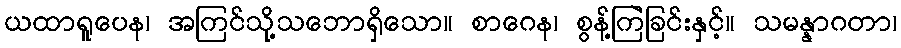
ယထာရူပေန၊ အကြင်သို့သဘောရှိသော။ စာဂေန၊ စွန့်ကြဲခြင်းနှင့်။ သမန္နာဂတာ၊